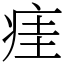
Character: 㾏